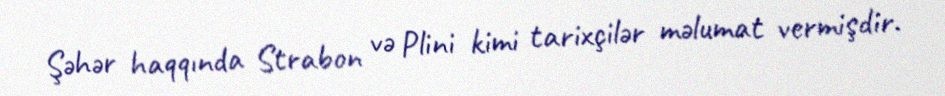
Şəhər haqqında Strabon və Plini kimi tarixçilər məlumat vermişdir.